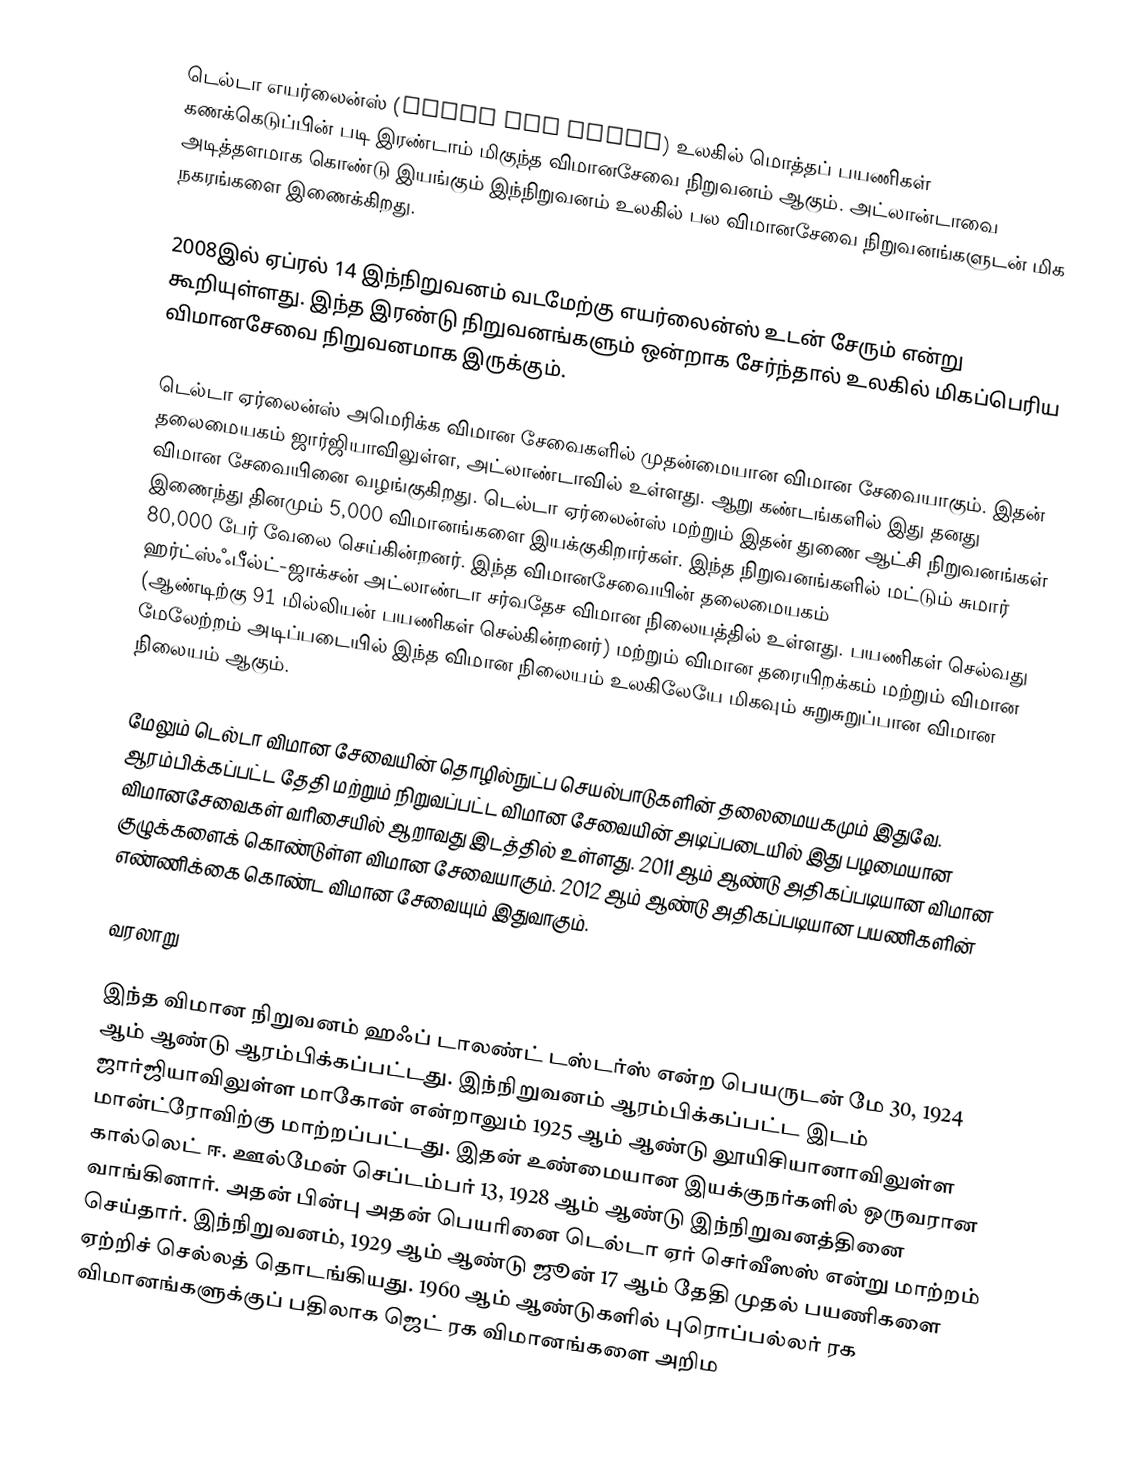
டெல்டா எயர்லைன்ஸ் (Delta Air Lines) உலகில் மொத்தப் பயணிகள் கணக்கெடுப்பின் படி இரண்டாம் மிகுந்த விமானசேவை நிறுவனம் ஆகும். அட்லான்டாவை அடித்தளமாக கொண்டு இயங்கும் இந்நிறுவனம் உலகில் பல விமானசேவை நிறுவனங்களுடன் மிக நகரங்களை இணைக்கிறது.

2008இல் ஏப்ரல் 14 இந்நிறுவனம் வடமேற்கு எயர்லைன்ஸ் உடன் சேரும் என்று கூறியுள்ளது. இந்த இரண்டு நிறுவனங்களும் ஒன்றாக சேர்ந்தால் உலகில் மிகப்பெரிய விமானசேவை நிறுவனமாக இருக்கும்.

டெல்டா ஏர்லைன்ஸ் அமெரிக்க விமான சேவைகளில் முதன்மையான விமான சேவையாகும். இதன் தலைமையகம் ஜார்ஜியாவிலுள்ள, அட்லாண்டாவில் உள்ளது.  ஆறு கண்டங்களில் இது தனது விமான சேவையினை வழங்குகிறது. டெல்டா ஏர்லைன்ஸ் மற்றும் இதன் துணை ஆட்சி நிறுவனங்கள் இணைந்து தினமும் 5,000 விமானங்களை இயக்குகிறார்கள். இந்த நிறுவனங்களில் மட்டும் சுமார் 80,000 பேர் வேலை செய்கின்றனர்.  இந்த விமானசேவையின் தலைமையகம் ஹர்ட்ஸ்ஃபீல்ட்-ஜாக்சன் அட்லாண்டா சர்வதேச விமான நிலையத்தில் உள்ளது. பயணிகள் செல்வது (ஆண்டிற்கு 91 மில்லியன் பயணிகள் செல்கின்றனர்) மற்றும் விமான தரையிறக்கம் மற்றும் விமான மேலேற்றம் அடிப்படையில் இந்த விமான நிலையம் உலகிலேயே மிகவும் சுறுசுறுப்பான விமான நிலையம் ஆகும்.

மேலும் டெல்டா விமான சேவையின் தொழில்நுட்ப செயல்பாடுகளின் தலைமையகமும் இதுவே.  ஆரம்பிக்கப்பட்ட தேதி மற்றும் நிறுவப்பட்ட விமான சேவையின் அடிப்படையில் இது பழமையான விமானசேவைகள் வரிசையில் ஆறாவது இடத்தில் உள்ளது. 2011 ஆம் ஆண்டு அதிகப்படியான விமான குழுக்களைக் கொண்டுள்ள விமான சேவையாகும்.    2012 ஆம் ஆண்டு அதிகப்படியான பயணிகளின் எண்ணிக்கை கொண்ட விமான சேவையும் இதுவாகும்.

வரலாறு

இந்த விமான நிறுவனம் ஹஃப் டாலண்ட் டஸ்டர்ஸ் என்ற பெயருடன் மே 30, 1924 ஆம் ஆண்டு ஆரம்பிக்கப்பட்டது. இந்நிறுவனம் ஆரம்பிக்கப்பட்ட இடம் ஜார்ஜியாவிலுள்ள மாகோன் என்றாலும் 1925 ஆம் ஆண்டு லூயிசியானாவிலுள்ள மான்ட்ரோவிற்கு மாற்றப்பட்டது. இதன் உண்மையான இயக்குநர்களில் ஒருவரான கால்லெட் ஈ. ஊல்மேன் செப்டம்பர் 13, 1928 ஆம் ஆண்டு இந்நிறுவனத்தினை வாங்கினார். அதன் பின்பு அதன் பெயரினை டெல்டா ஏர் செர்வீஸஸ் என்று மாற்றம் செய்தார். இந்நிறுவனம், 1929 ஆம் ஆண்டு ஜூன் 17 ஆம் தேதி முதல் பயணிகளை ஏற்றிச் செல்லத் தொடங்கியது. 1960 ஆம் ஆண்டுகளில் புரொப்பல்லர் ரக விமானங்களுக்குப் பதிலாக ஜெட் ரக விமானங்களை அறிம